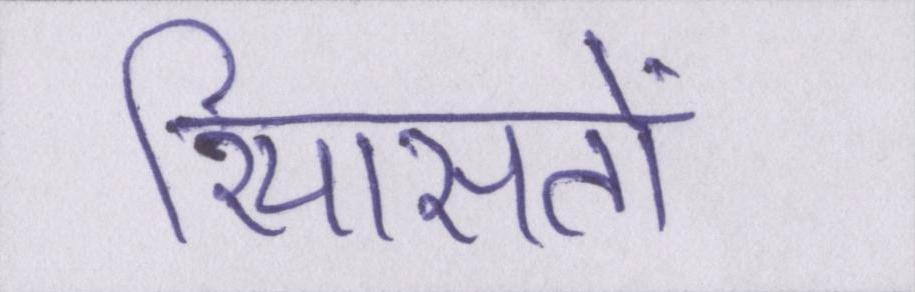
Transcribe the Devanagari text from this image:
रियासतों